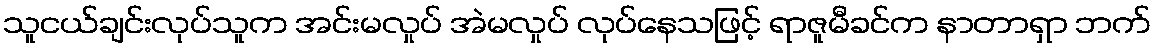
သူငယ်ချင်းလုပ်သူက အင်းမလှုပ် အဲမလှုပ် လုပ်နေသဖြင့် ရာဇူမီခင်က နာတာရှာ ဘက်